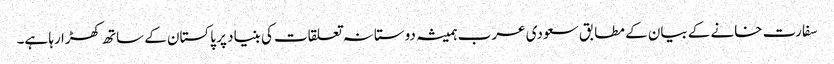
سفارت خانے کے بیان کے مطابق سعودی عرب ہمیشہ دوستانہ تعلقات کی بنیاد پر پاکستان کے ساتھ کھڑا رہا ہے۔